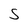
Character: 5